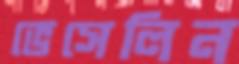
ভেসেলিন